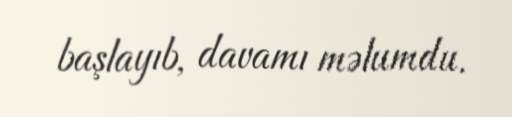
başlayıb, davamı məlumdu.